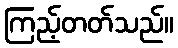
ကြည့်တတ်သည်။